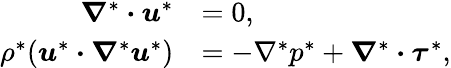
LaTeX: \begin{array}{rl}{\boldsymbol{\nabla}^{*}\boldsymbol{\cdot}\boldsymbol{u}^{*}}&{=0,}\\ {\rho^{*}(\boldsymbol{u}^{*}\boldsymbol{\cdot}\boldsymbol{\nabla}^{*}\boldsymbol{u}^{*})}&{=-\nabla^{*}p^{*}+\boldsymbol{\nabla}^{*}\boldsymbol{\cdot}\boldsymbol{\tau}^{*},}\end{array}